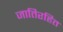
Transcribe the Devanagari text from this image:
जातिरहित